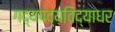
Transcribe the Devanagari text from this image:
गद्यपद्यविद्याधर